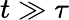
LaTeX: t\gg\tau